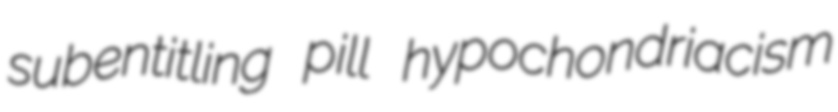
subentitling pill hypochondriacism